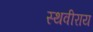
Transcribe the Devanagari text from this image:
स्थवीराय